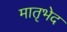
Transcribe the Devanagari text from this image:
मातृभेद